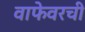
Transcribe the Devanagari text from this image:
वाफेवरची